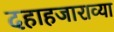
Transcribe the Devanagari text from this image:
दहाहजाराव्या